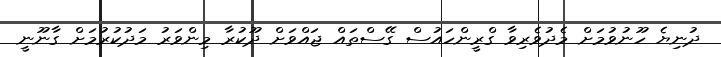
ދުނިޔެ ހޫނުވުމަށް މެދުވެރިވާ ގްރީންހައުސް ގޭސްތައް ޖައްވަށް ދޫކުރާ މިންވަރު މަދުކުރުމަށް ގާނޫނީ